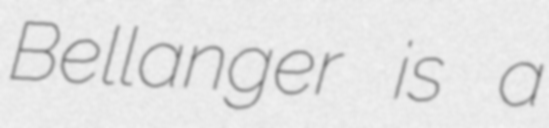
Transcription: Bellanger is a